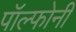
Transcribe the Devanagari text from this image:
पॉल्फोनी